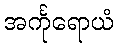
အင်္ကုရောယံ